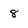
Character: 8